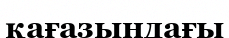
қағазындағы